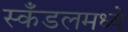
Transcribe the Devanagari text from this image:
स्कँडलमध्ये